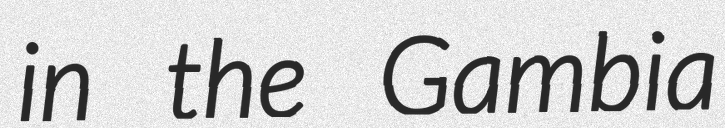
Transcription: in the Gambia